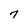
Character: 7